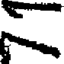
న